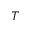
T